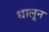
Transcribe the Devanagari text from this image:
धालून